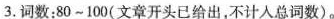
3.词数:80~100(文章开头已给出,不计人总词数).